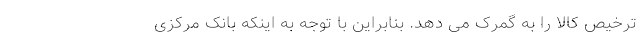
ترخیص کالا را به گمرک می دهد. بنابراین با توجه به اینکه بانک مرکزی